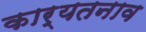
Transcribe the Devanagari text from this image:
कार्यतनाव